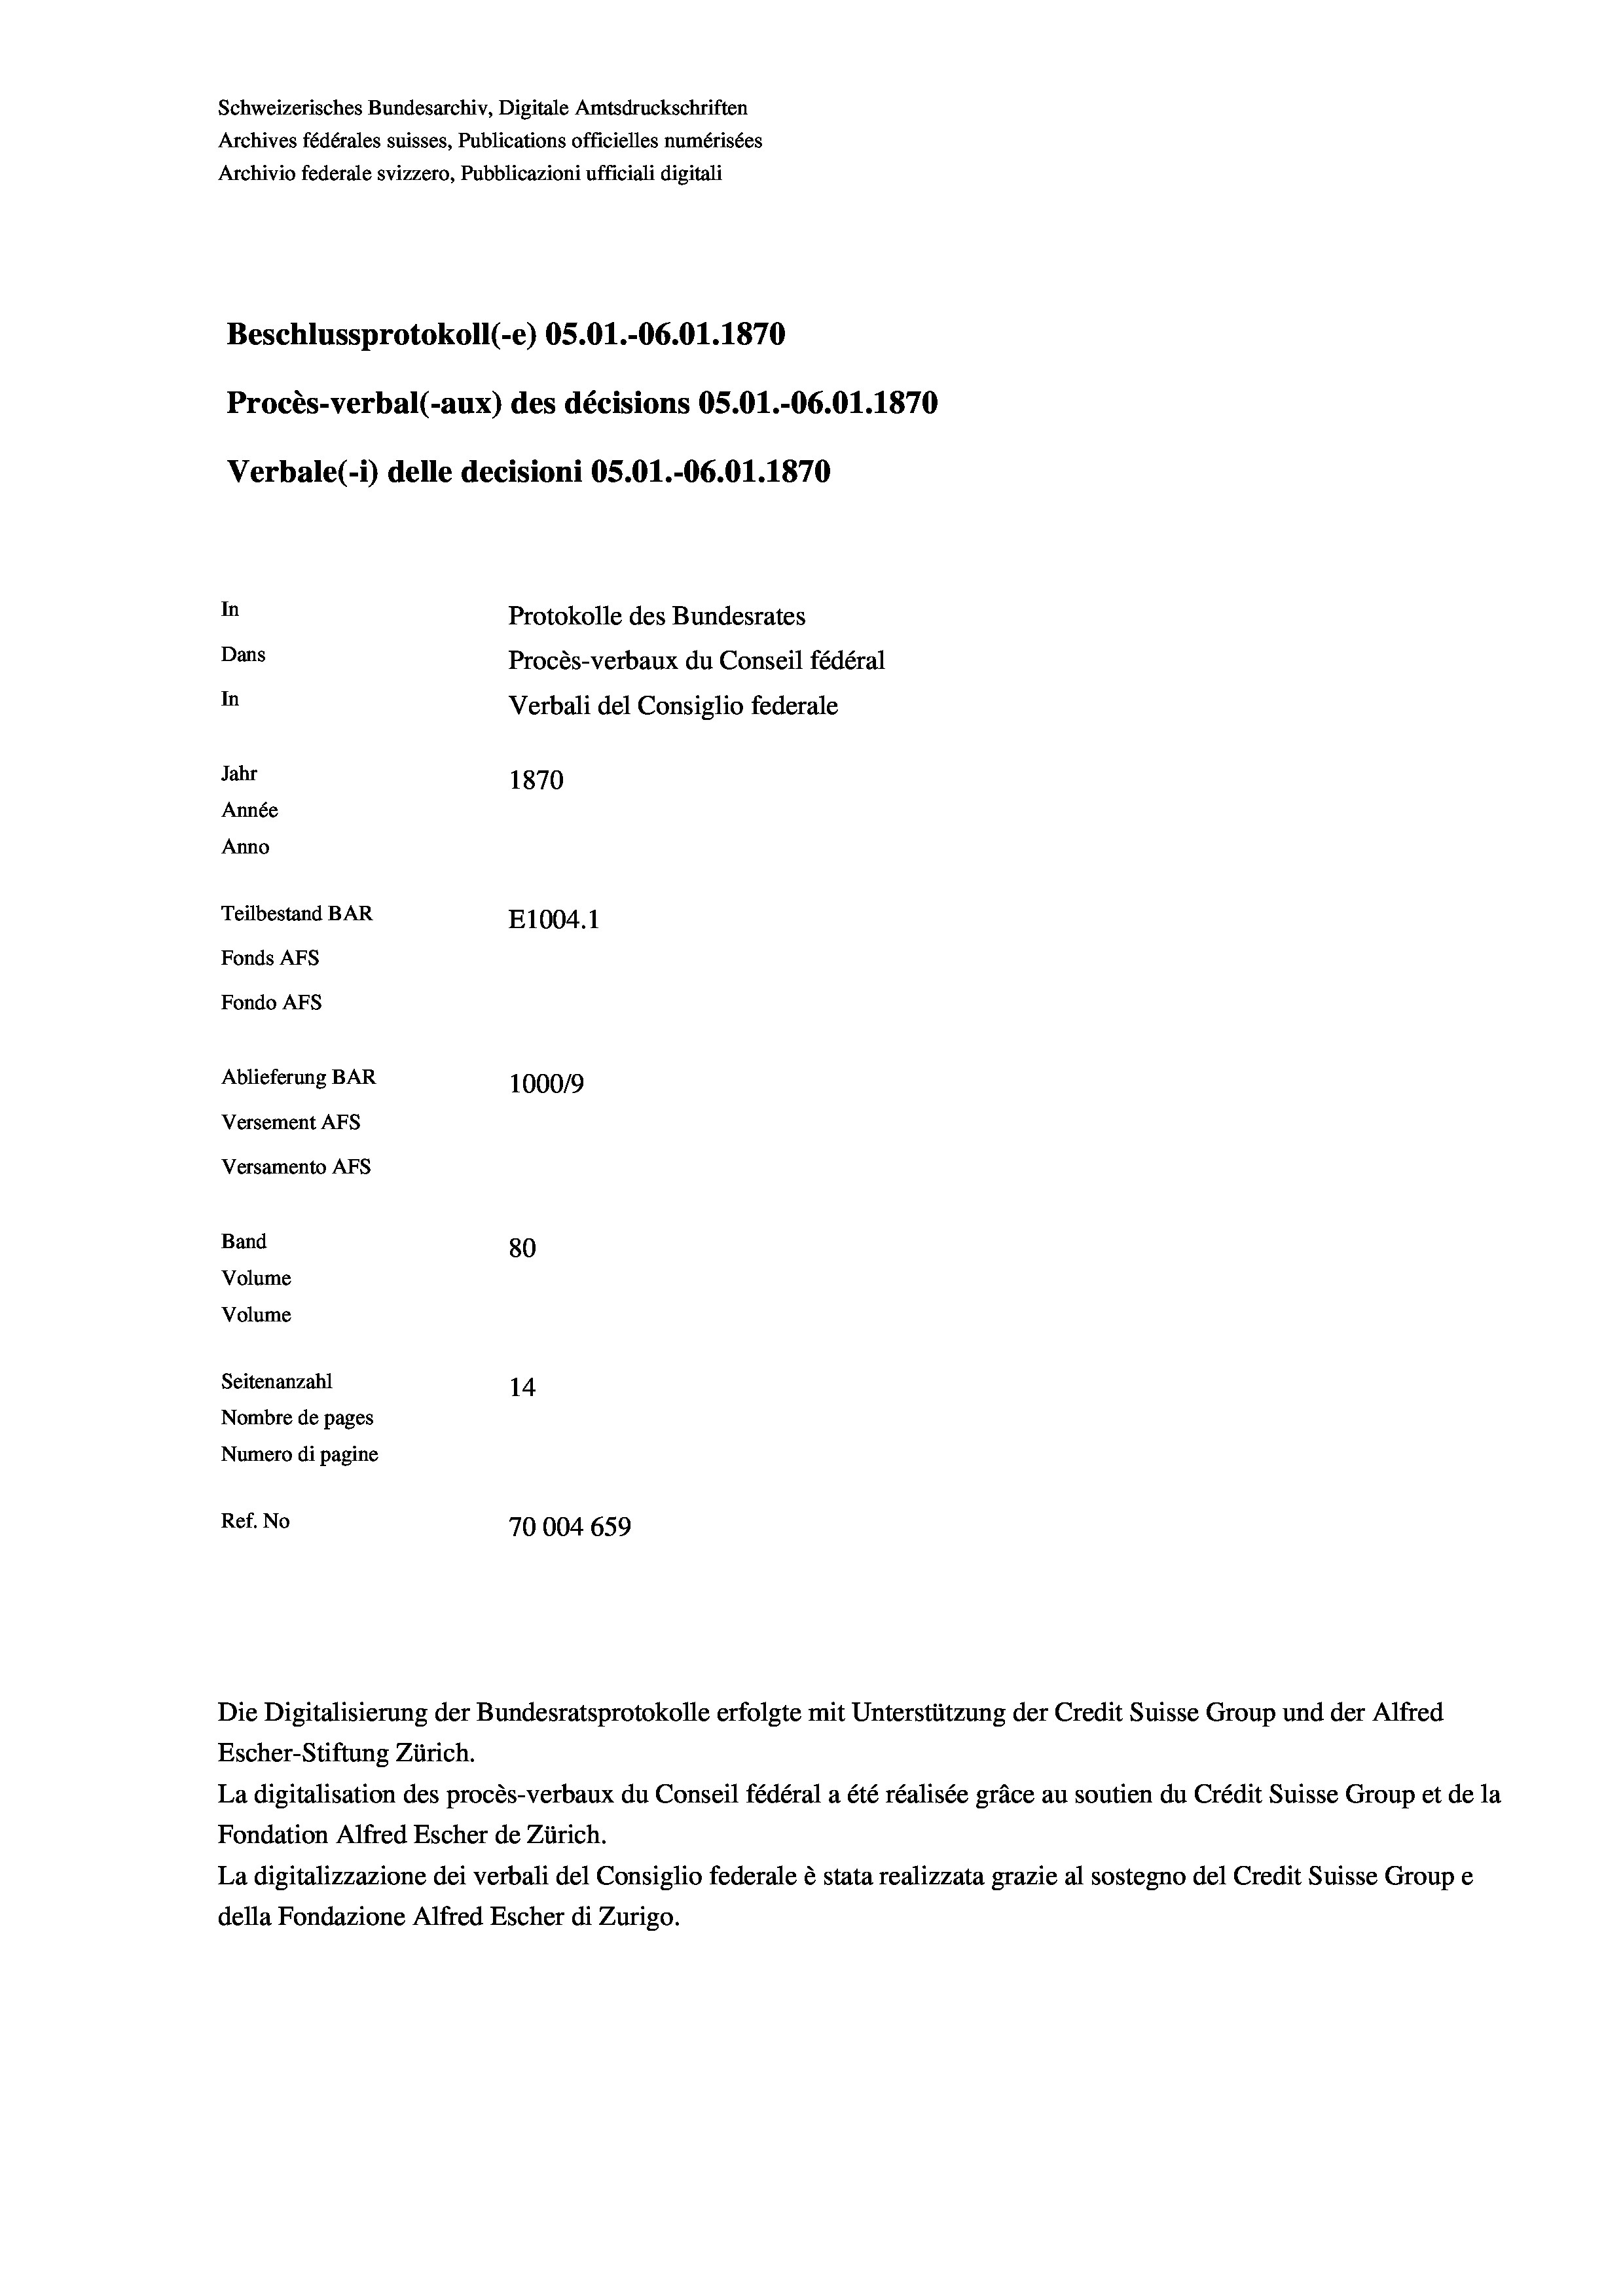
Schweizerisches Bundesarchiv, Digitale Amtsdruckschriften
Archives fédérales suisses, Publications officielles numérisées
Archivio federale svizzero, Pubblicazioni ufficiali digitali
Beschlussprotokoll (-e) OS.01.-06.01. 1870
Procès-verbal (-aux) des décisions OS.O1.-06.01. 1870
Verbale(-*) delle decisioni OS.O1.-06.01. 1870
In
Protokolle des Bundesrates
Dans
Procès-verbaux du Conseil fédéral
In
Verbali del Consiglio federale
Jahr
1870
Année
Anno
Teilbestand BAR
E1004.1
Fonds AFs
Fondo Afs
Ablieferung BAR
100019
Versement AFs

Versamento AFs
Band
Volume
Volume

80
Seitenanzahl
14
Nombre de pages
Numero di pagine
Ref. No
70004 659

Escher-Stiftung Zürich.
La digitalisation des procès-verbaux du Conseil fédéral a été réalisée gräce au soutien du Crédit Suisse Group et de la
Fondation Alfred Escher de Zürich.
La digitalizzazione dei verbali del Consiglio federale è stata realizzata grazie al sostegno del Credit Suisse Groupe
della Fondazione Alfred Escher di Zurigo.

Die Digitalisierung der Bundesratsprotokolle erfolgte mit Unterstützung der Credit Suisse Group und der Alfred